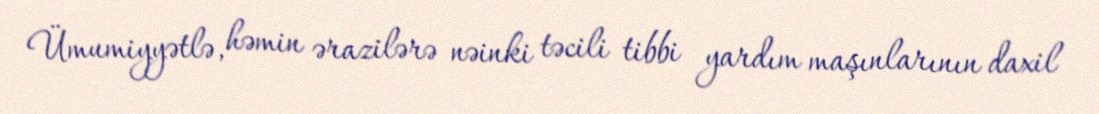
Ümumiyyətlə, həmin ərazilərə nəinki təcili tibbi yardım maşınlarının daxil